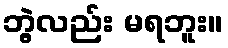
ဘွဲ့လည်း မရဘူး။